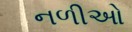
નળીઓ